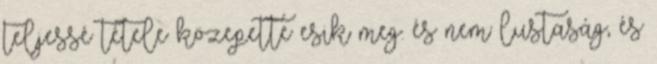
teljessé tétele közepette esik meg. és nem lustaság, és